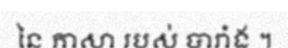
នៃ ភាសា របស់ បារាំង ។